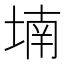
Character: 𡎜